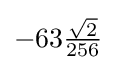
-63{\tfrac {\sqrt {2}}{256}}